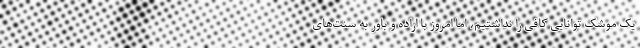
یک موشک توانایی کافی را نداشتیم، اما امروز با اراده و باور به سنت‌های